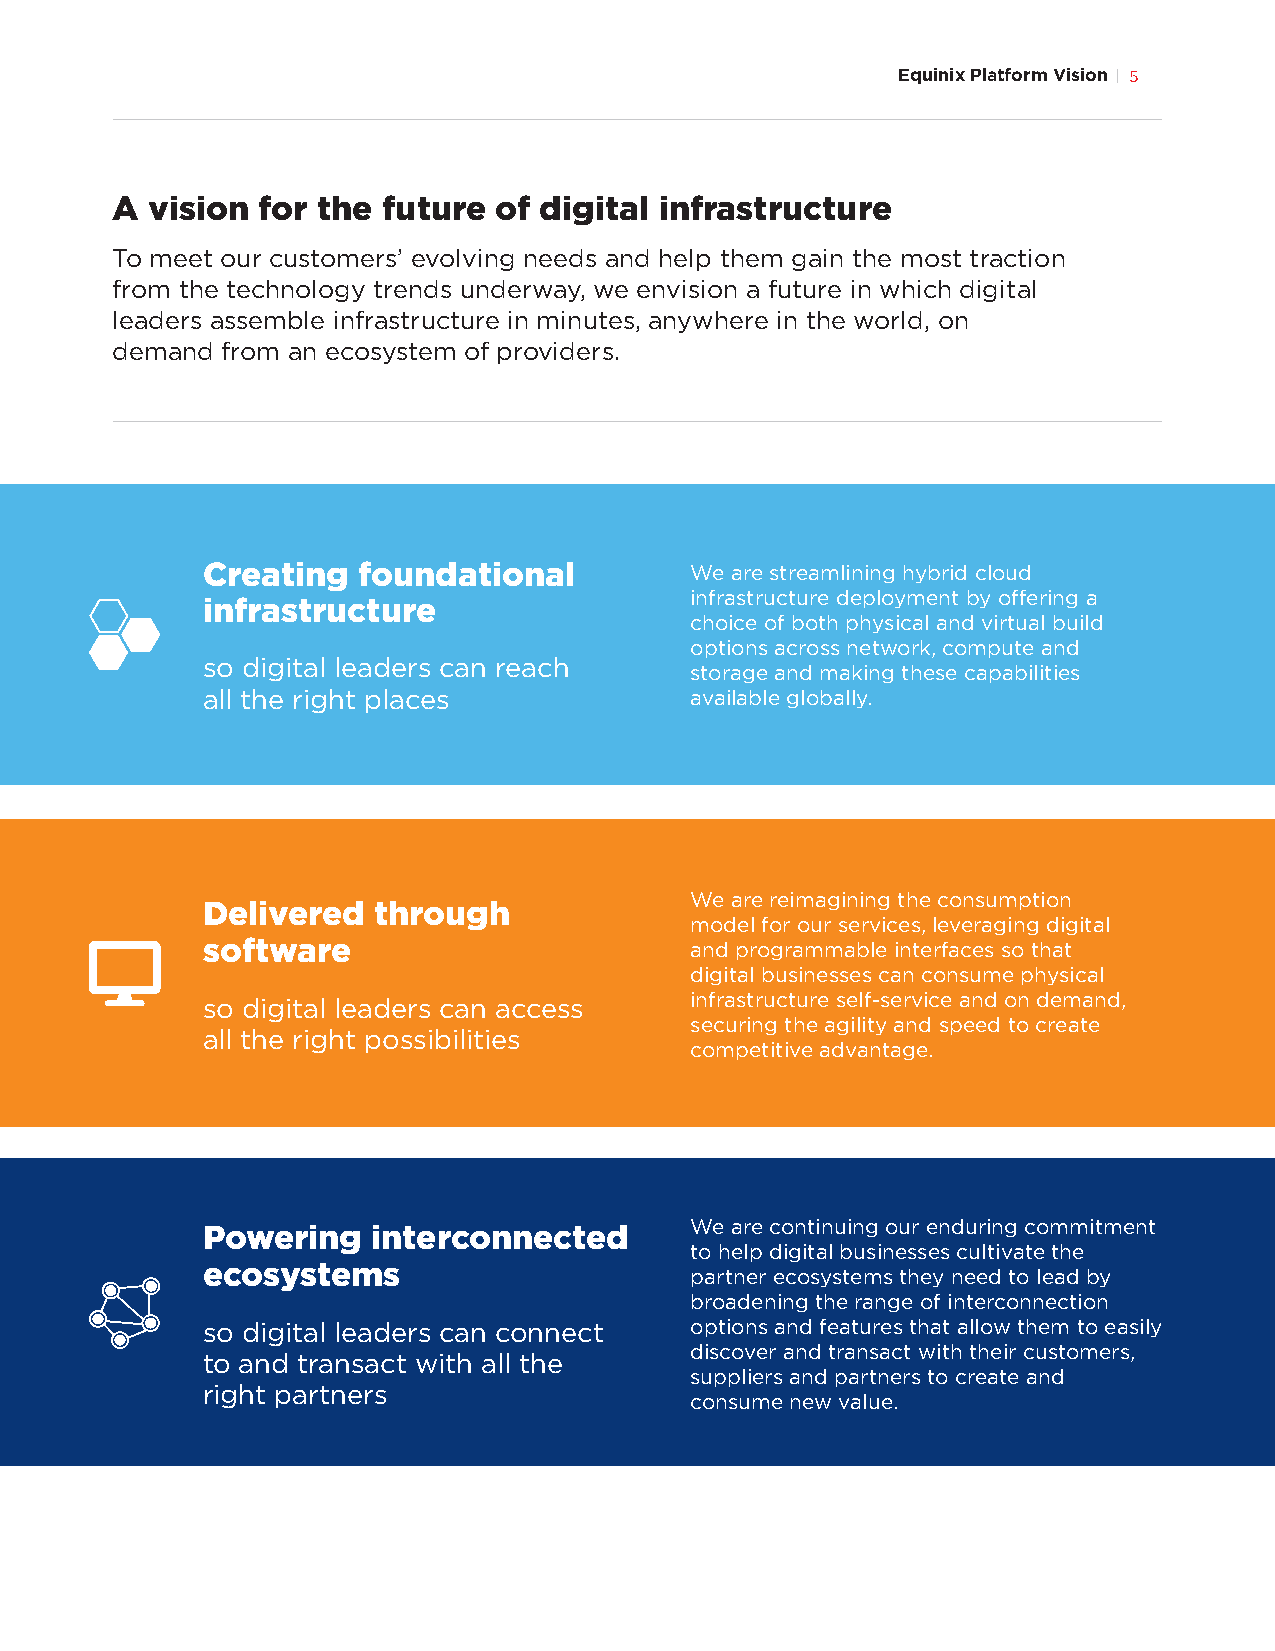
Equinix Platform Vision 5
 A  vision for the future  of digital infrastructure
 To meet our customers’ evolving needs and help them gain the most traction
 from the technology trends underway, we envision a future in which digital
 leaders assemble infrastructure in minutes, anywhere in the world, on
 demand  from an ecosystem of providers.
 Creating   foundational          We are streamlining hybrid cloud
 infrastructure deployment by offering a
 infrastructure
 choice of both physical and virtual build
 options across network, compute and
 so digital leaders can reach
 storage and making these capabilities
 all the right places             available globally.
 We are reimagining the consumption
 Delivered   through
 model for our services, leveraging digital
 software                         and programmable interfaces so that
 digital businesses can consume physical
 so digital leaders can access    infrastructure self-service and on demand,
 securing the agility and speed to create
 all the right possibilities
 competitive advantage.
 We are continuing our enduring commitment
 Powering    interconnected
 to help digital businesses cultivate the
 ecosystems                       partner ecosystems they need to lead by
 broadening the range of interconnection
 so digital leaders can connect   options and features that allow them to easily
 discover and transact with their customers,
 to and transact with all the
 suppliers and partners to create and
 right partners
 consume new value.